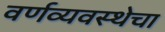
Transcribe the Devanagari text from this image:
वर्णव्यवस्थेचा